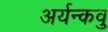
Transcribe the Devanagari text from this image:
अर्यन्कवु